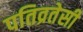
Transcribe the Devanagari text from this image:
पतिव्रतेसी